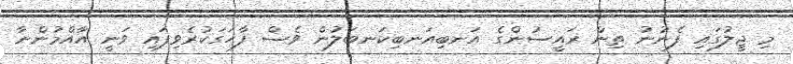
މި ޖީލުގައި ފެނުނު ތިން ރައީސުންގެ އަނބިއަނބިކަނބަލުން ވެސް ފާހަގަކުރެވިފައި ވަނީ އާއްމުންނާ